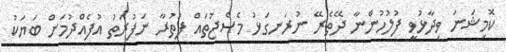
ކޮމިޝަނަ ވިދާޅުވީ ފުލުހުންނާ ދޭތެރޭ ނުރަނގަޅު މެސެޖުތައް ފަތުރާ ނަފުރަތު އުފެއްދުމަށް ބަޔަކު